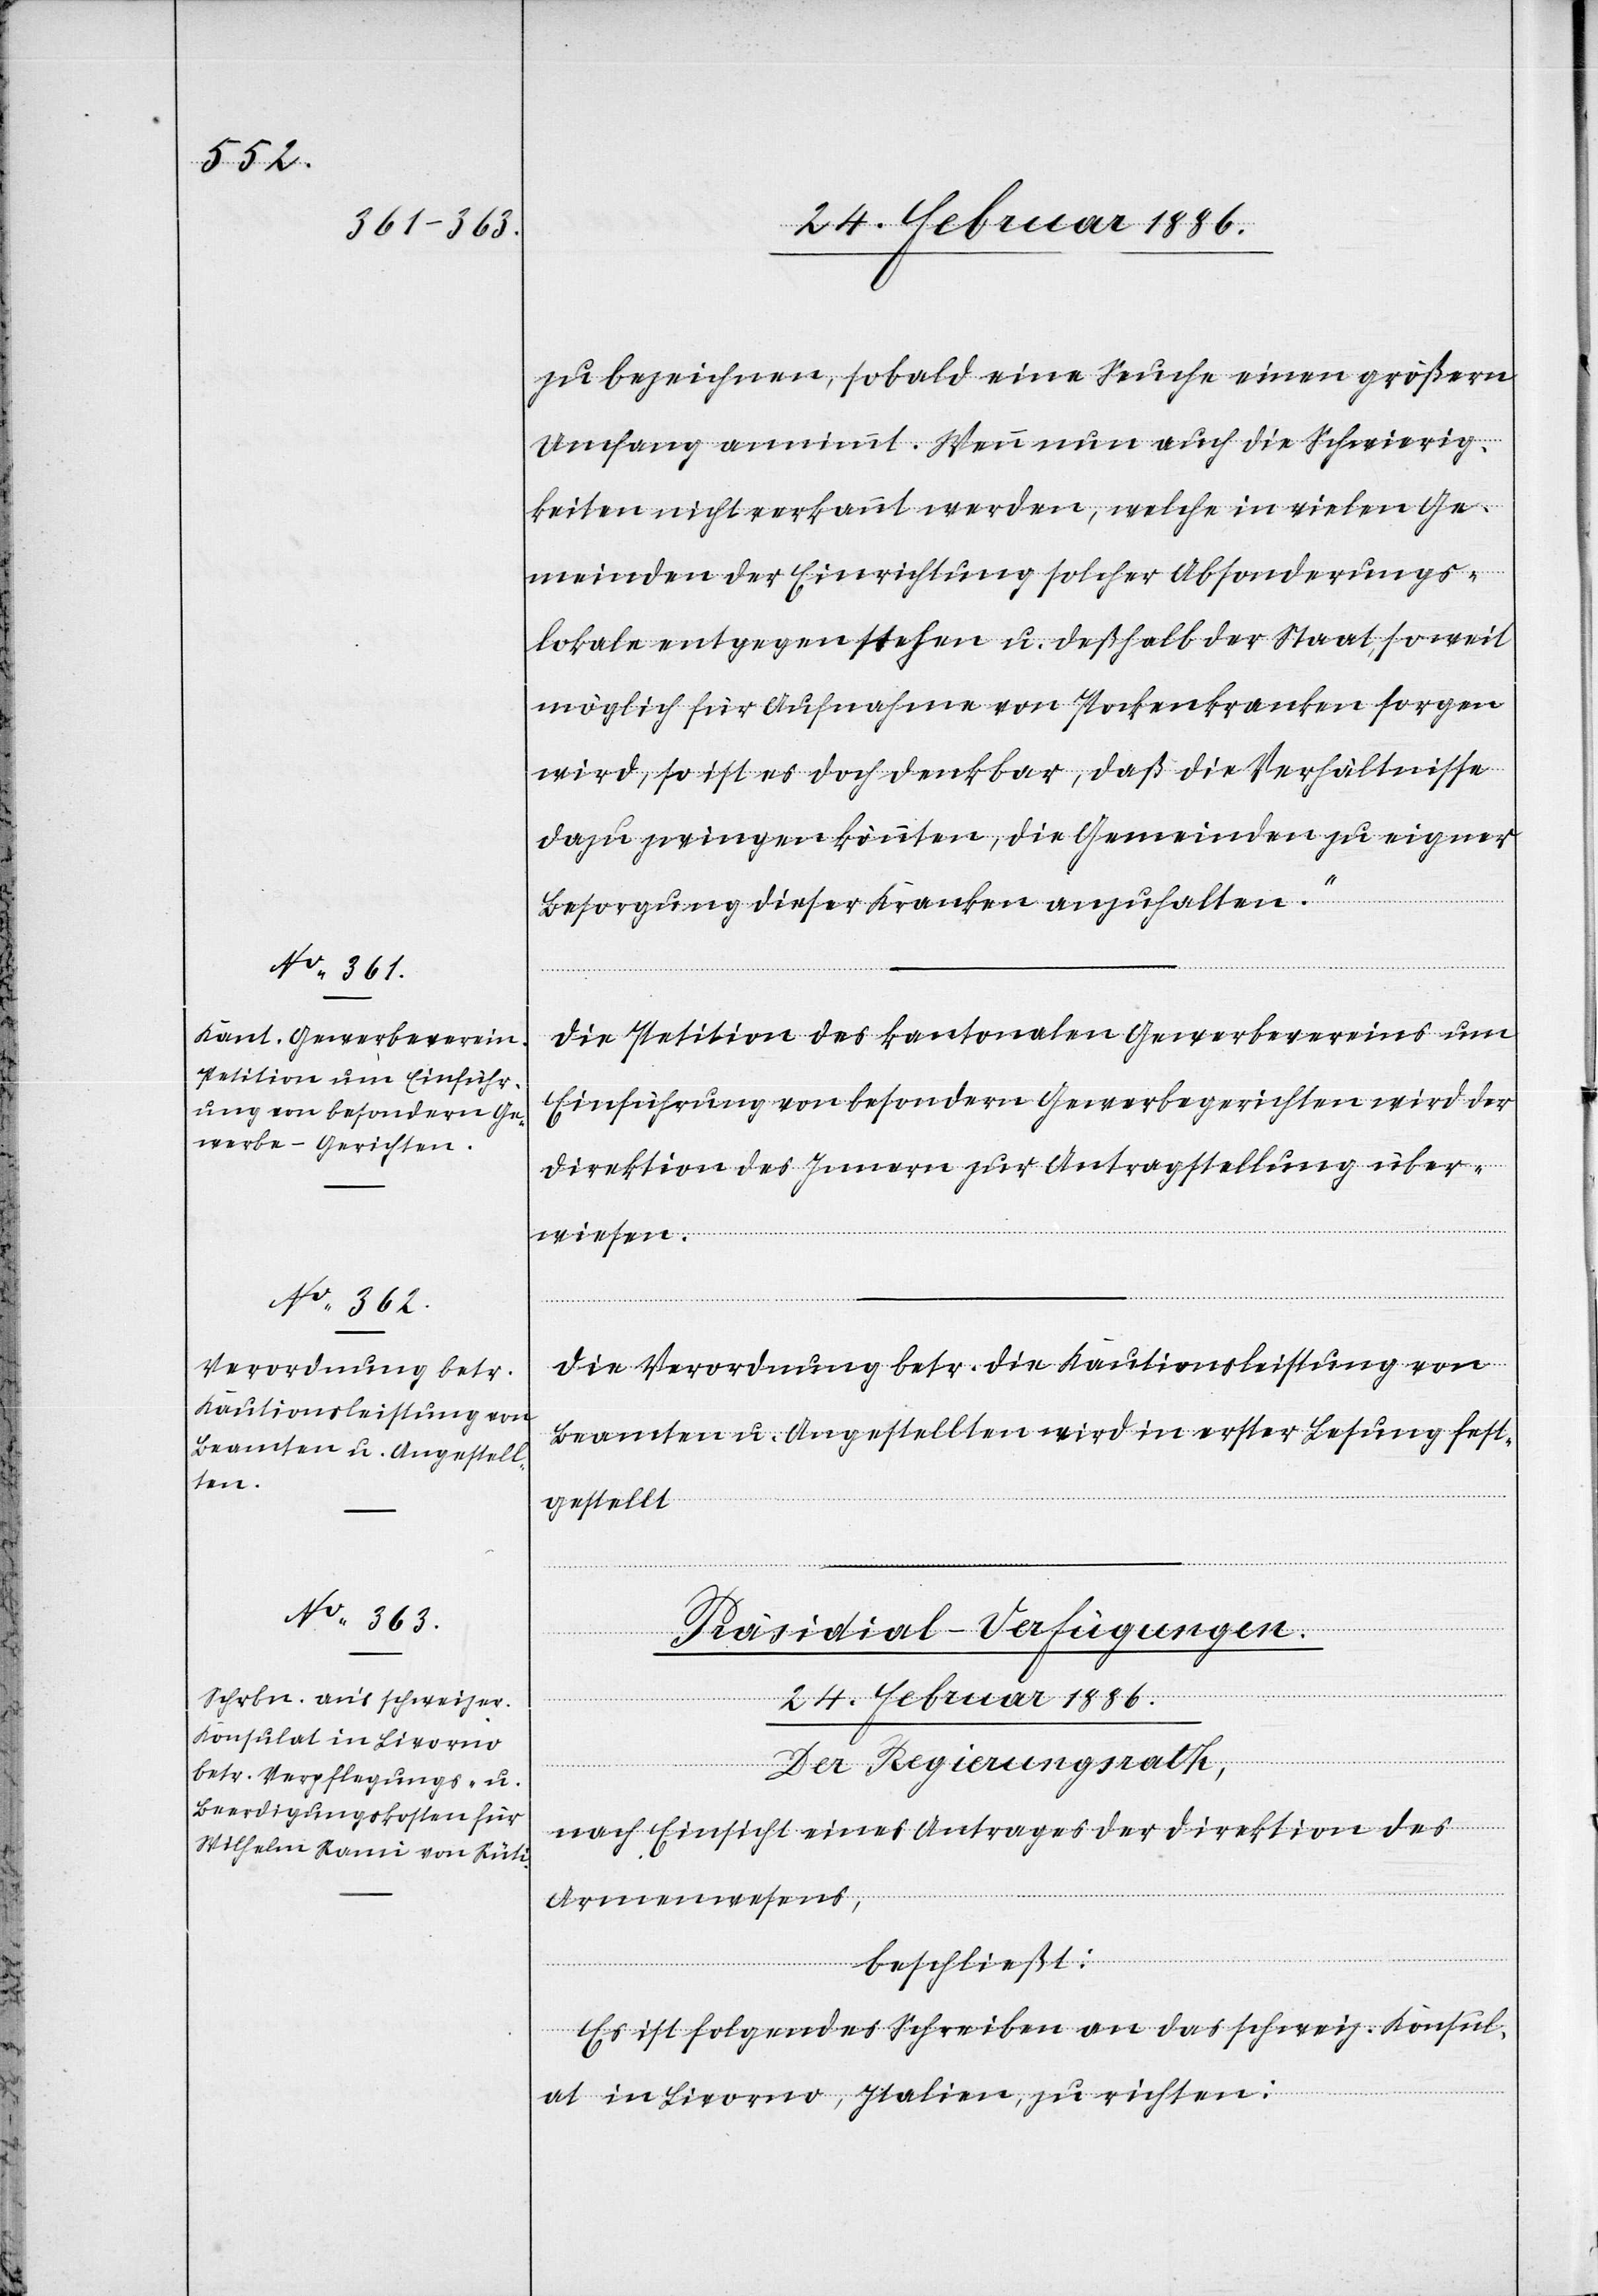
24. Februar 1886.
zu bezeichnen, sobald eine Seuche einen größeren
Umfang annimmt, wenn nun auch die Schwierig¬
keiten nicht erkannt werden, welche in vielen Ge¬
meinden der Einrichtung solcher Absonderungs¬
lokale entgegen stehen u. deßhalb der Staat, soweit
möglich für Aufnahme von Pockenkranken sorgen
wird, so ist es doch denkbar, daß die Verhältnisse
dazu zwingen könnten, die Gemeinden zu eigener
Besorgung dieser Kranken anzuhalten.“
Die Petition des kantonalen Gewerbevereins um
Einführung von besondern Gewebegerichten wird der
Direktion des Innern zur Antragstellung über¬
wiesen.
Die Verordnung betr. die Kautionsleistung von
Beamten u. Angestellten wird in erster Lesung fest¬
gestellt.
Präsidial-Verfügungen.
Der Regierungsrath,
nach Einsicht eines Antrages der Direktion des
Armenwesens,
beschließt:
Es ist folgendes Schreiben an das schweiz. Konsul¬
at in Livorno, Italien, zu richten: